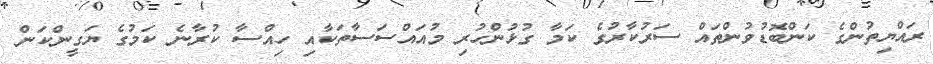
ރައްޔިތުންގެ ކަންބޮޑުވުންތައް ސަރުކާރުގެ ކަމާ ގުޅުންހުރި މުއައްސަސާތަކާއި ހިއްސާ ކުރާނެ ކަމުގެ ޔަގީންކަން